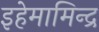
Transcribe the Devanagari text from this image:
इहेमामिन्द्र